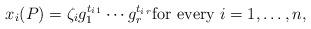
LaTeX: \begin{align*}x_i(P)=\zeta_i g_1^{t_{i\, 1}} \cdots g_r^{t_{i\, r}} \mbox{for every } i=1, \ldots, n, \end{align*}